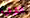
الترقية